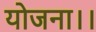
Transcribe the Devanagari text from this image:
योजना।।